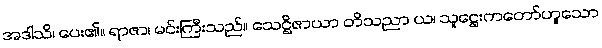
အဒါသိ၊ ပေး၏။ ရာဇာ၊ မင်းကြီးသည်။ သေဋ္ဌိဇာယာ တိသညာ ယ၊ သူဋ္ဌေးကတော်ဟူသော